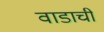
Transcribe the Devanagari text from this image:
वाडाची